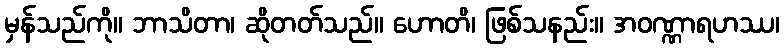
မှန်သည်ကို။ ဘာသိတာ၊ ဆိုတတ်သည်။ ဟောတိ၊ ဖြစ်သနည်း။ အဝဏ္ဏာရဟဿ၊